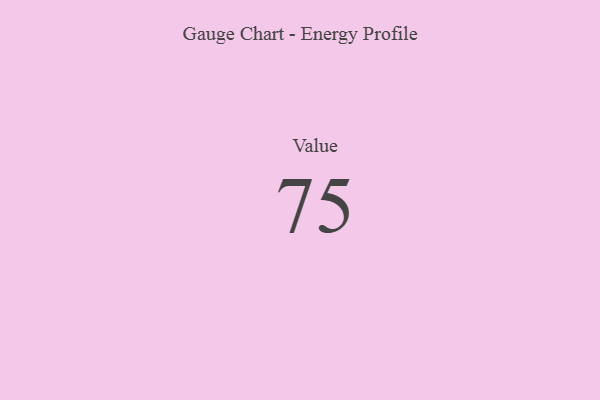
{"axis": {"x": "Metric", "y": "Value"}, "legend": [""], "data": [{"x": "Value", "y": 75, "type": ""}]}